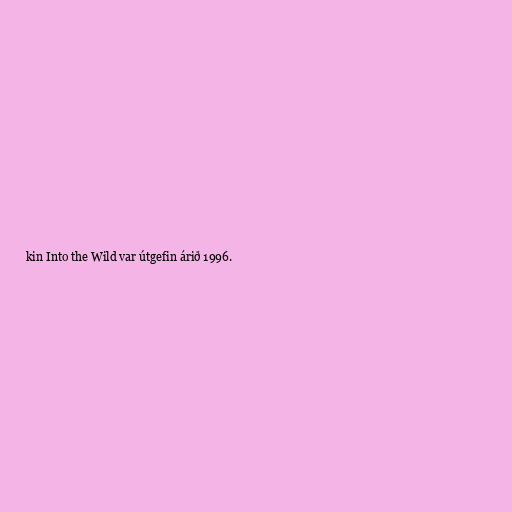
kin Into the Wild var útgefin árið 1996.